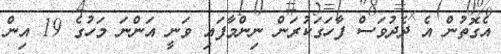
އެގޮތުން އެ ދެދުވަސް ފާހަގަކުރަން ނިންމާފައި ވަނީ އަންނަ މަހުގެ 19 އިން